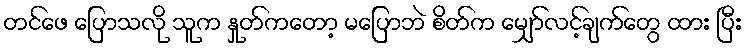
တင်ဖေ ပြောသလို သူက နှုတ်ကတော့ မပြောဘဲ စိတ်က မျှော်လင့်ချက်တွေ ထား ပြီး